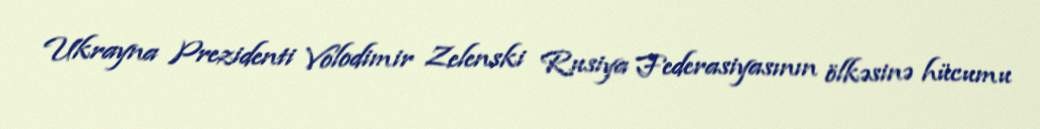
Ukrayna Prezidenti Volodimir Zelenski Rusiya Federasiyasının ölkəsinə hücumu